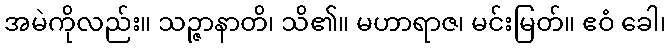
အမဲကိုလည်း။ သဉ္ဇာနာတိ၊ သိ၏။ မဟာရာဇ၊ မင်းမြတ်။ ဧဝံ ခေါ၊